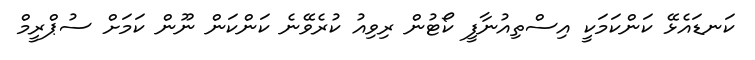
ކަނޑައެޅޭ ކަންކަމަކީ އިސްތިއުނާފީ ކޯޓުން ރިވިއު ކުރެވޭނެ ކަންކަން ނޫން ކަމަށް ސުޕްރީމް